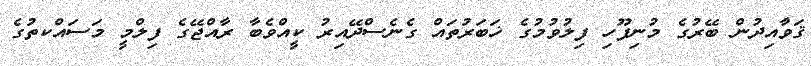
ޤަވާުއިދުން ބޭރުގެ މުނިފޫހި ފިލުވުމުގެ ޚަބަރުތައް ގެނެސްދޭއިރު ކީއްވެބާ ރާއްޖޭގެ ފިލްމީ މަަސައްކތުގެ